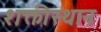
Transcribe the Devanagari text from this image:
शक्तीस्थान